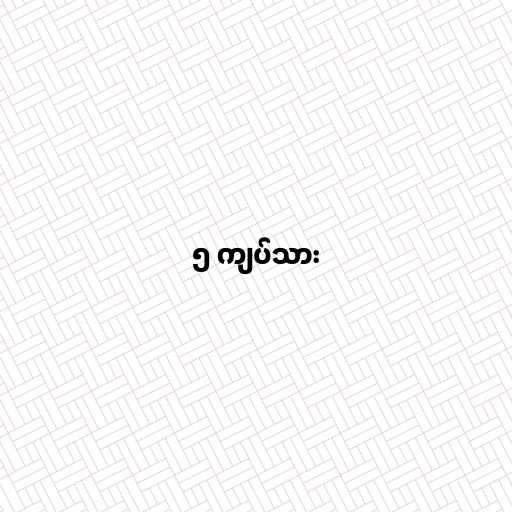
၅ ကျပ်သား